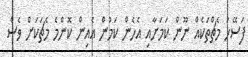
ފަސޭހަ މެޗްތަކެއް ނޫން ކަމަށާއި އެހެން ކަމުން އެއިން ކޮންމެ މެޗަކަށް ވެސް